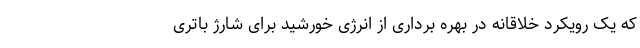
که یک رویکرد خلاقانه در بهره برداری از انرژی خورشید برای شارژ باتری